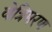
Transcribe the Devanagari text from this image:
वेत्रिमरण